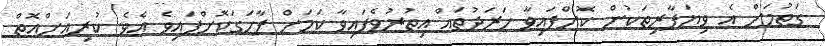
ގަތުމަށް އެ ވިޔަފާރިތަކުން ކޮށްފައިވާ ހަރަދުތައް އިތުރުވެފައިވާ ކަމަށް ފާހަގަކޮށްފައިވެ އެވެ. ކުރިއަށްއޮތް